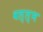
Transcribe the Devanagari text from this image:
वल्ल्भ